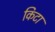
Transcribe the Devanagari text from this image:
किटा